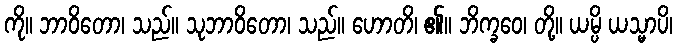
ကို။ ဘာဝိတော၊ သည်။ သုဘာဝိတော၊ သည်။ ဟောတိ၊ ၏။ ဘိက္ခဝေ၊ တို့။ ယမ္ပိ ယသ္မာပိ၊